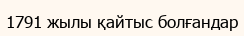
1791 жылы қайтыс болғандар